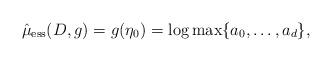
LaTeX: \begin{align*}\hat{\mu}_{\mathrm{ess}}(D, g) = g(\eta_0) = \log \max \{ a_0, \ldots, a_d \},\end{align*}